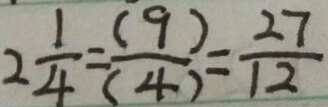
2 \frac { 1 } { 4 } = \frac { ( 9 ) } { ( 4 ) } = \frac { 2 7 } { 1 2 }